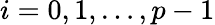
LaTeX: i=0,1,\ldots,p-1